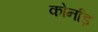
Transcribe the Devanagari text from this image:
कोर्नाड़